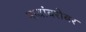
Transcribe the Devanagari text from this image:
नावांबरोबर